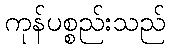
ကုန်ပစ္စည်းသည်